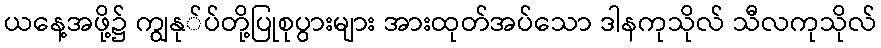
ယနေ့အဖို့၌ ကျွနု်ပ်တို့ပြုစုပွားများ အားထုတ်အပ်သော ဒါနကုသိုလ် သီလကုသိုလ်